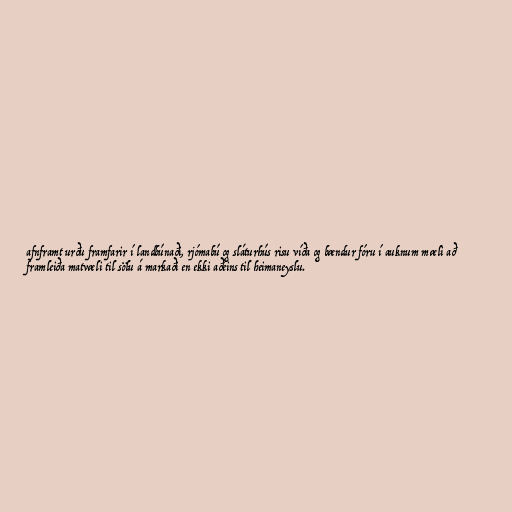
afnframt urðu framfarir í landbúnaði, rjómabú og sláturhús risu víða og bændur fóru í auknum mæli að
framleiða matvæli til sölu á markaði en ekki aðeins til heimaneyslu.